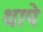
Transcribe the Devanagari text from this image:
थापे